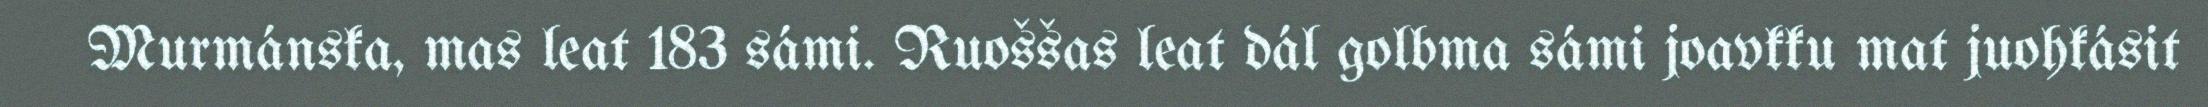
Murmánska, mas leat 183 sámi. Ruoššas leat dál golbma sámi joavkku mat juohkásit